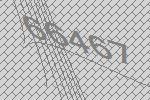
66467